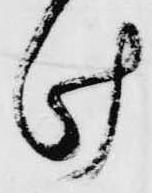
け